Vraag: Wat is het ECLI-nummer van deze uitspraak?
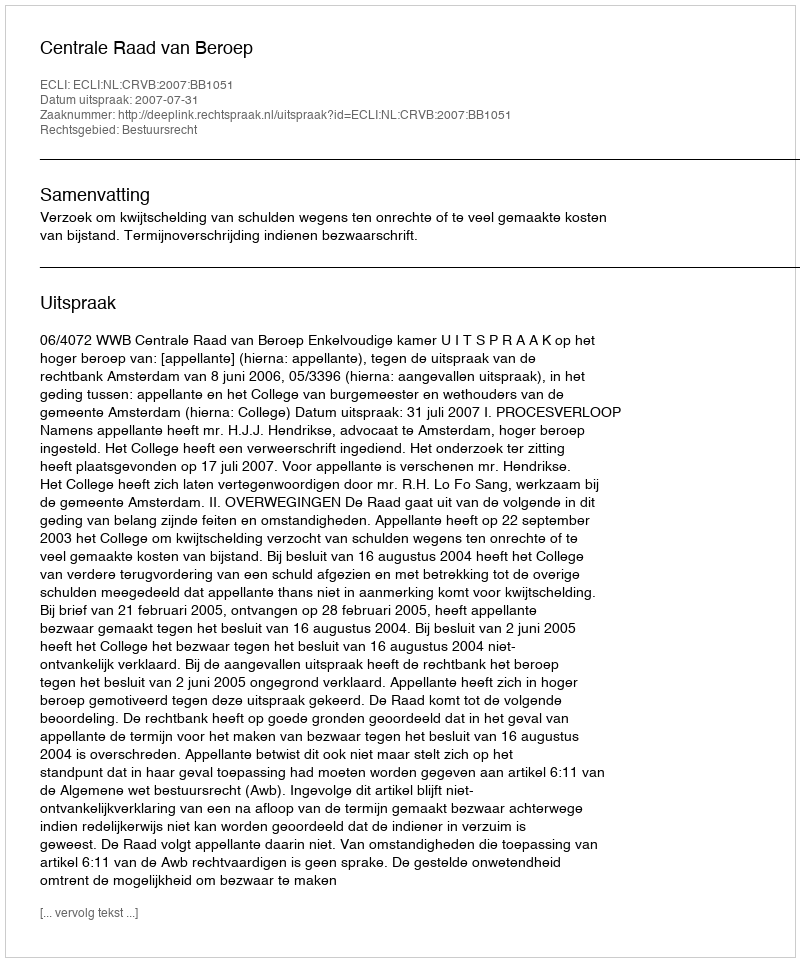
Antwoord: ECLI:NL:CRVB:2007:BB1051